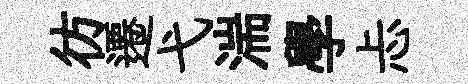
彷遷弋湍學忐